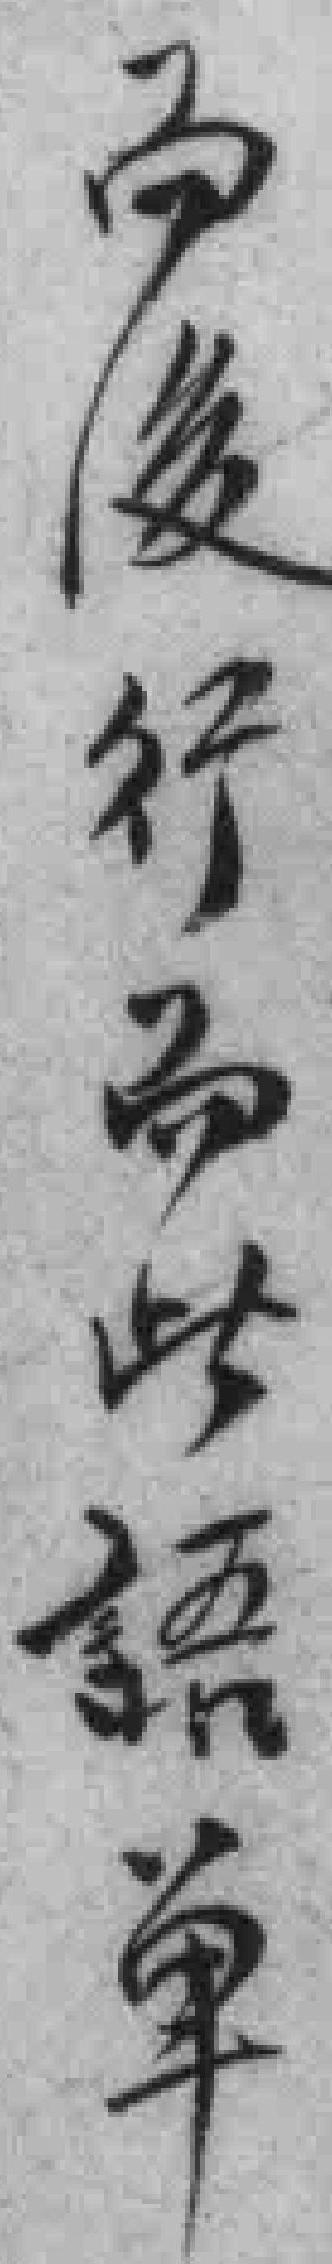
而後行而此語单